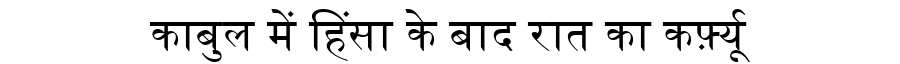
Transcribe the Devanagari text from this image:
काबुल में हिंसा के बाद रात का कर्फ़्यू